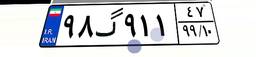
۹۸گ۹۱۱۴۷